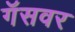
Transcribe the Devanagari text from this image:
गॅसवर